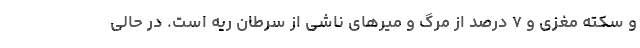
و سکته مغزی و ۷ درصد از مرگ و میرهای ناشی از سرطان ریه است. در حالی